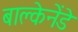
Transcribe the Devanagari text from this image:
बाल्केनेंडे